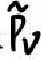
$\tilde{.Pv}$